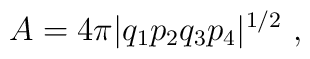
A= 4\pi |q_1 p_2 q_3 p_4|^{1/2} \ ,